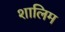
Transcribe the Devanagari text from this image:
शालिम